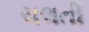
ચલતી